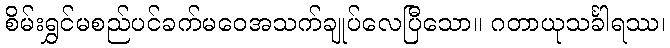
စိမ်းရွှင်မစည်ပင်ခက်မဝေအသက်ချုပ်လေပြီသော။ ဂတာယုသင်္ခါရဿ၊